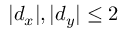
| d _ { x } | , | d _ { y } | \leq 2